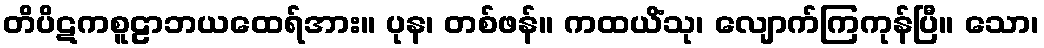
တိပိဋကစူဠာဘယထေရ်အား။ ပုန၊ တစ်ဖန်။ ကထယိံသု၊ လျောက်ကြကုန်ပြီ။ သော၊